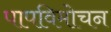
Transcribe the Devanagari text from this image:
पापविमोचन